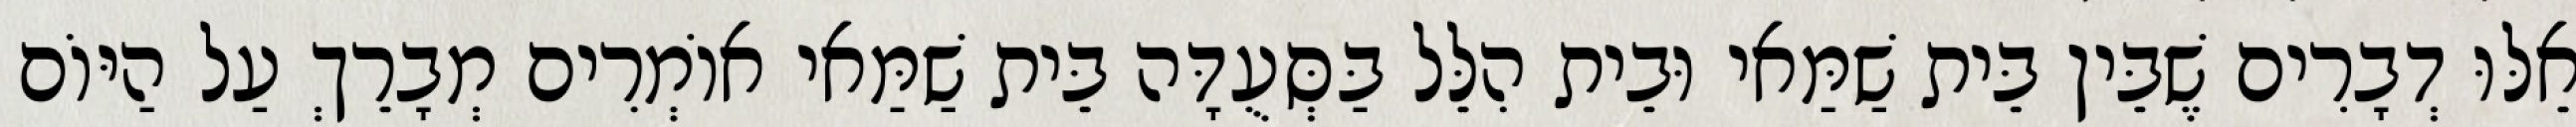
אֵלּוּ דְבָרִים שֶׁבֵּין בֵּית שַׁמַּאי וּבֵית הִלֵּל בַּסְּעֻדָּה בֵּית שַׁמַּאי אוֹמְרִים מְבָרֵךְ עַל הַיּוֹם